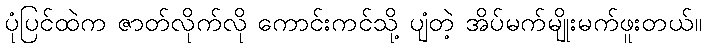
ပုံပြင်ထဲက ဇာတ်လိုက်လို ကောင်းကင်သို့ ပျံတဲ့ အိပ်မက်မျိုးမက်ဖူးတယ်။